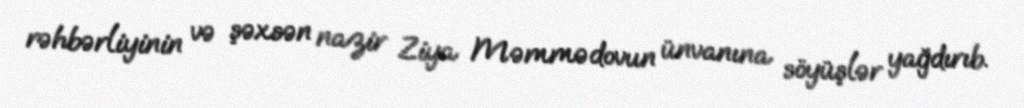
rəhbərliyinin və şəxsən nazir Ziya Məmmədovun ünvanına söyüşlər yağdırıb.